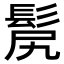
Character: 𩬜